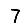
Digit: 7